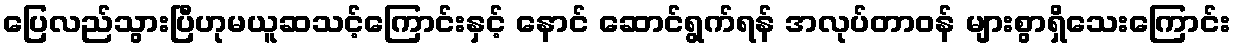
ပြေလည်သွားပြီဟုမယူဆသင့်ကြောင်းနှင့် နောင် ဆောင်ရွက်ရန် အလုပ်တာဝန် များစွာရှိသေးကြောင်း